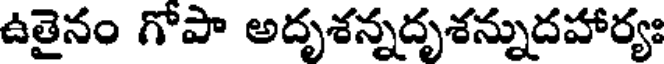
ఉతైనం గోపా అదృశన్నదృశన్నుదహార్యః